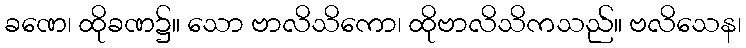
ခဏေ၊ ထိုခဏ၌။ သော ဗာလိသိကော၊ ထိုဗာလိသိကသည်။ ဗလိသေန၊